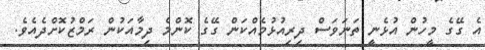
އެ ގޭގެ މީހުން އުޅެނީ ތަނަވަސް ދިރިއުޅުމެއްކަން ގޭގެ ކޮންމެ ދިމާއަކުން ރަމްޒުކޮށްދެއެވެ.